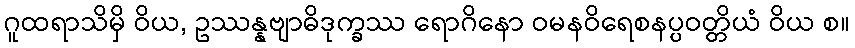
ဂူထရာသိမှိ ဝိယ, ဥဿန္နဗျာဓိဒုက္ခဿ ရောဂိနော ဝမနဝိရေစနပ္ပဝတ္တိယံ ဝိယ စ။